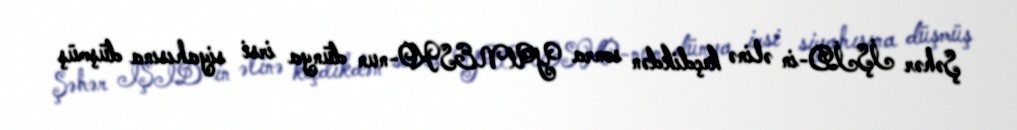
Şəhər İŞİD-in əlinə keçdikdən sonra YUNESKO-nun dünya irsi siyahısına düşmüş